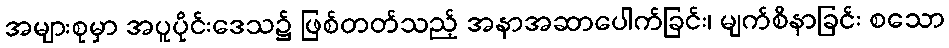
အများစုမှာ အပူပိုင်းဒေသ၌ ဖြစ်တတ်သည့် အနာအဆာပေါက်ခြင်း၊ မျက်စိနာခြင်း စသော